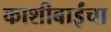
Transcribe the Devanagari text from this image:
काशीबाईंचा